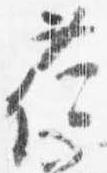
荷